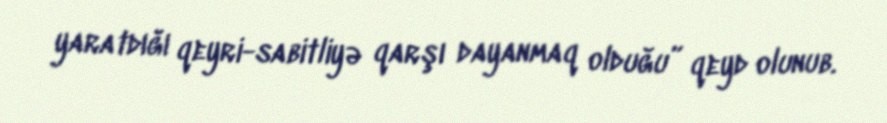
yaratdığı qeyri-sabitliyə qarşı dayanmaq olduğu” qeyd olunub.